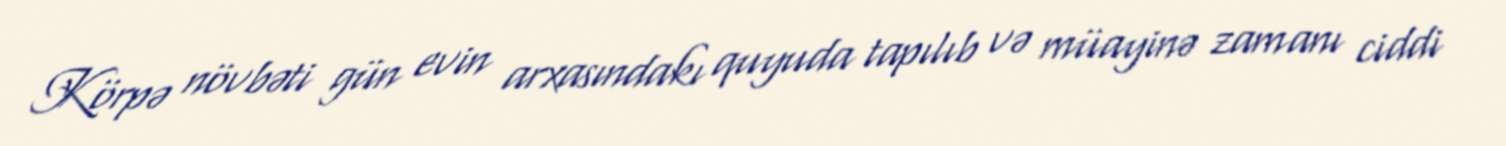
Körpə növbəti gün evin arxasındakı quyuda tapılıb və müayinə zamanı ciddi